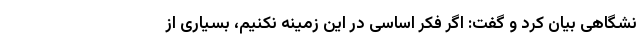
نشگاهی بیان کرد و گفت: اگر فکر اساسی در این زمینه نکنیم، بسیاری از